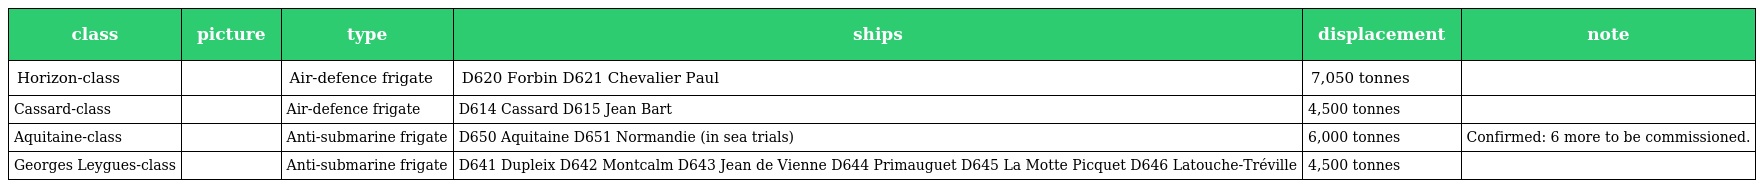
| class | picture | type | ships | displacement | note |
 | --- | --- | --- | --- | --- | --- |
 | Horizon-class |  | Air-defence frigate | D620 Forbin D621 Chevalier Paul | 7,050 tonnes |  |
 | Cassard-class |  | Air-defence frigate | D614 Cassard D615 Jean Bart | 4,500 tonnes |  |
 | Aquitaine-class |  | Anti-submarine frigate | D650 Aquitaine D651 Normandie (in sea trials) | 6,000 tonnes | Confirmed: 6 more to be commissioned. |
 | Georges Leygues-class |  | Anti-submarine frigate | D641 Dupleix D642 Montcalm D643 Jean de Vienne D644 Primauguet D645 La Motte Picquet D646 Latouche-Tréville | 4,500 tonnes |  |